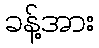
ခန့်အား